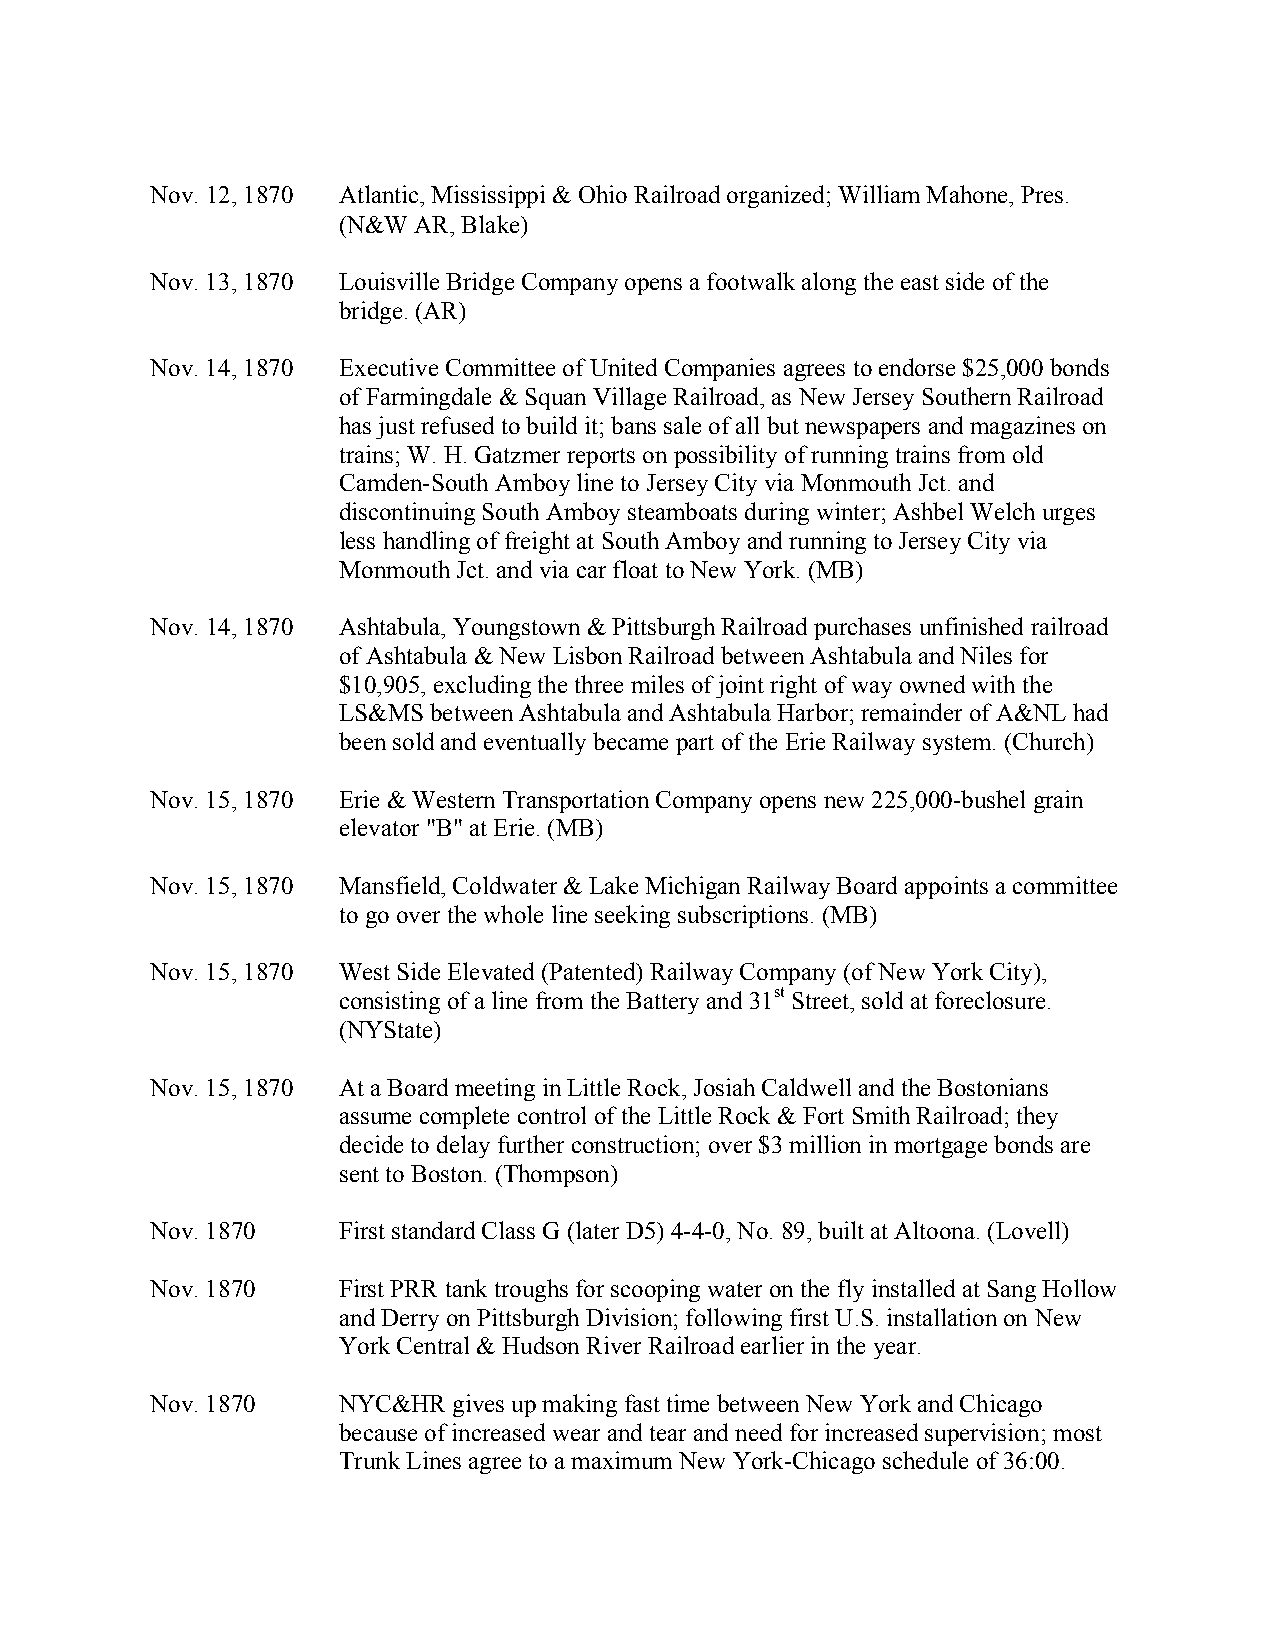
Nov. 12, 1870 Atlantic, Mississippi & Ohio Railroad organized; William Mahone, Pres.
 (N&W AR, Blake)
 Nov. 13, 1870 Louisville Bridge Company opens a footwalk along the east side of the
 bridge. (AR)
 Nov. 14, 1870 Executive Committee of United Companies agrees to endorse $25,000 bonds
 of Farmingdale & Squan Village Railroad, as New Jersey Southern Railroad
 has just refused to build it; bans sale of all but newspapers and magazines on
 trains; W. H. Gatzmer reports on possibility of running trains from old
 Camden-South Amboy line to Jersey City via Monmouth Jct. and
 discontinuing South Amboy steamboats during winter; Ashbel Welch urges
 less handling of freight at South Amboy and running to Jersey City via
 Monmouth Jct. and via car float to New York. (MB)
 Nov. 14, 1870 Ashtabula, Youngstown & Pittsburgh Railroad purchases unfinished railroad
 of Ashtabula & New Lisbon Railroad between Ashtabula and Niles for
 $10,905, excluding the three miles of joint right of way owned with the
 LS&MS between Ashtabula and Ashtabula Harbor; remainder of A&NL had
 been sold and eventually became part of the Erie Railway system. (Church)
 Nov. 15, 1870 Erie & Western Transportation Company opens new 225,000-bushel grain
 elevator "B" at Erie. (MB)
 Nov. 15, 1870 Mansfield, Coldwater & Lake Michigan Railway Board appoints a committee
 to go over the whole line seeking subscriptions. (MB)
 Nov. 15, 1870 West Side Elevated (Patented) Railway Company (of New York City),
 consisting of a line from the Battery and 31st Street, sold at foreclosure.
 (NYState)
 Nov. 15, 1870 At a Board meeting in Little Rock, Josiah Caldwell and the Bostonians
 assume complete control of the Little Rock & Fort Smith Railroad; they
 decide to delay further construction; over $3 million in mortgage bonds are
 sent to Boston. (Thompson)
 Nov. 1870   First standard Class G (later D5) 4-4-0, No. 89, built at Altoona. (Lovell)
 Nov. 1870   First PRR tank troughs for scooping water on the fly installed at Sang Hollow
 and Derry on Pittsburgh Division; following first U.S. installation on New
 York Central & Hudson River Railroad earlier in the year.
 Nov. 1870   NYC&HR  gives up making fast time between New York and Chicago
 because of increased wear and tear and need for increased supervision; most
 Trunk Lines agree to a maximum New York-Chicago schedule of 36:00.